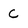
Character: C